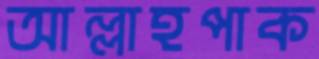
আল্লাহপাক